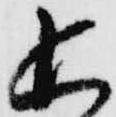
追